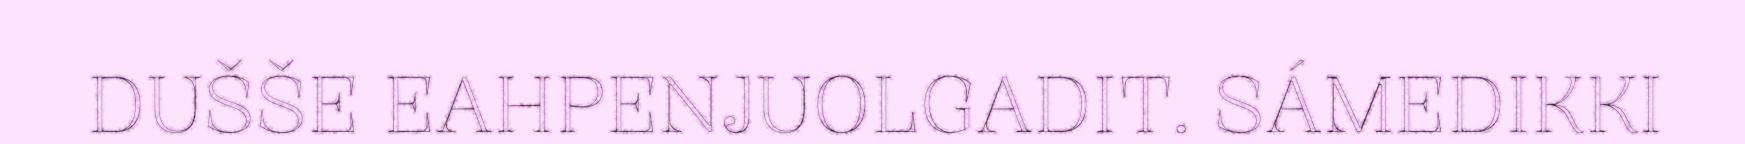
DUŠŠE EAHPENJUOLGADIT. SÁMEDIKKI